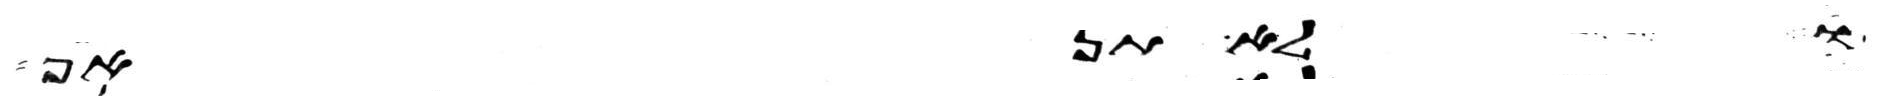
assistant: ולא תשא